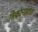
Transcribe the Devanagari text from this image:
तिकोनापेठेत